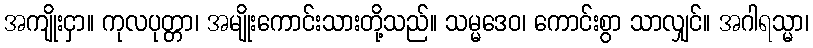
အကျိုးငှာ။ ကုလပုတ္တာ၊ အမျိုးကောင်းသားတို့သည်။ သမ္မဒေဝ၊ ကောင်းစွာ သာလျှင်။ အဂါရသ္မာ၊